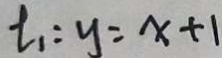
t _ { 1 } : y = x + 1